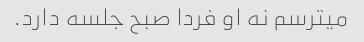
میترسم نه او فردا صبح جلسه دارد.